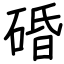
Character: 碈